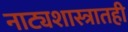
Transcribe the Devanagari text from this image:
नाट्यशास्त्रातही